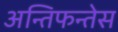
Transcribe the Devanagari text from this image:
अन्तिफन्तेस